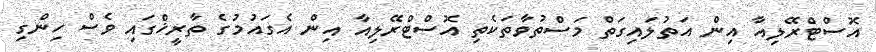
އޮސްޓްރޭލިއާ އިން އަތުލައިގަތް މަސްތުވާތަކެތި އޮސްޓްރޭލިއާ އިން އެގައުމުގެ ތާރީޚްގައި ވެސް ހިންގި